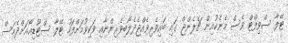
ޓޭލާ ސްވިފްޓް ވެސް މެނެކުއިން ޗެލެންޖް ގައި ބައިވެރިވެއްޖެދެލޯބިވެރިންނާއި ވަކިވުމަށްފަހު ޓޭލާ ސްޓޫޑިއޯއަށްދެމަސް